Mental hospitals Bombay report 1929-33 - 1929-1933
Year: 1929
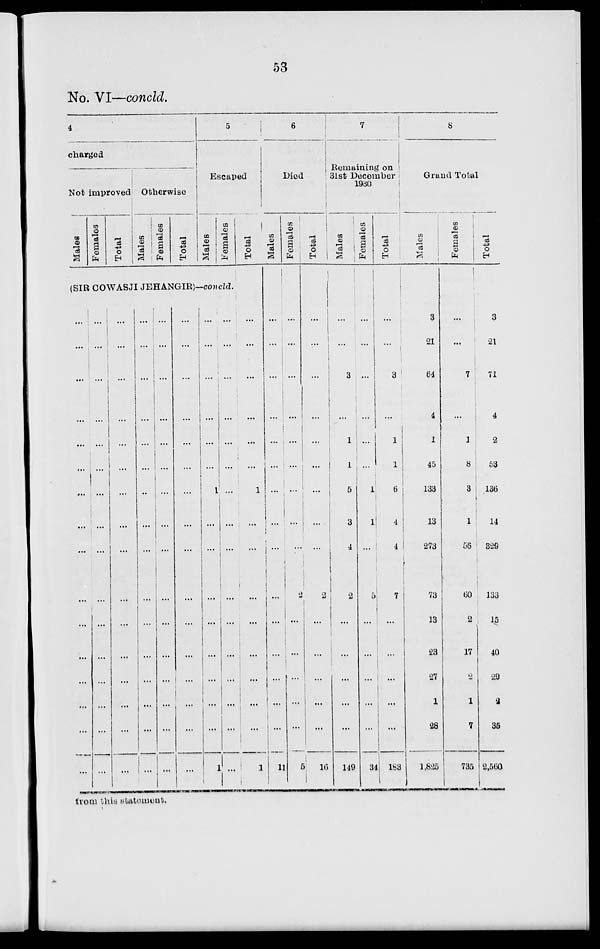
53
No. VI—concld.
4
charged
Not improved
Males
Females
Total
Otherwise
Males
Females
Total
5
Escaped
Males
Females
Total
(SIR COWASJI JEHANGIR)—concld.
...
...
...
...
...
...
...
...
...
...
...
...
...
...
...
...
...
...
...
...
...
...
...
...
...
...
...
...
...
...
...
...
...
...
...
...
...
...
...
...
...
...
...
...
...
...
...
...
...
...
...
...
...
...
...
...
...
...
...
...
...
...
...
...
...
...
...
...
...
...
...
...
...
...
...
...
...
...
...
...
...
...
...
...
...
...
...
...
...
...
...
...
...
...
...
...
...
...
...
...
...
1
...
...
...
...
...
...
...
1
...
...
...
...
...
...
...
...
...
...
...
...
...
...
...
...
...
...
...
...
...
...
1
...
...
...
...
...
...
...
...
1
6
Died
Males
...
...
...
...
...
...
...
...
...
...
...
...
...
...
...
11
Females
...
...
...
...
...
...
...
...
...
2
...
...
...
...
...
5
Total
...
...
...
...
...
...
...
...
...
2
...
...
...
...
...
16
7
Remaining on
31st December
1930
Males
...
...
3
...
1
1
5
3
4
2
...
...
...
...
...
149
Females
...
...
...
...
...
...
1
1
...
5
...
...
...
...
...
34
Total
...
...
3
...
1
1
6
4
4
7
...
...
...
...
...
183
8
Grand Total
Males
3
21
64
4
1
45
133
13
273
73
13
23
27
1
28
1,825
Females
...
...
7
...
1
8
3
1
56
60
2
17
2
1
7
735
Total
3
21
71
4
2
53
136
14
329
133
15
40
29
2
35
2,560
from this statement.